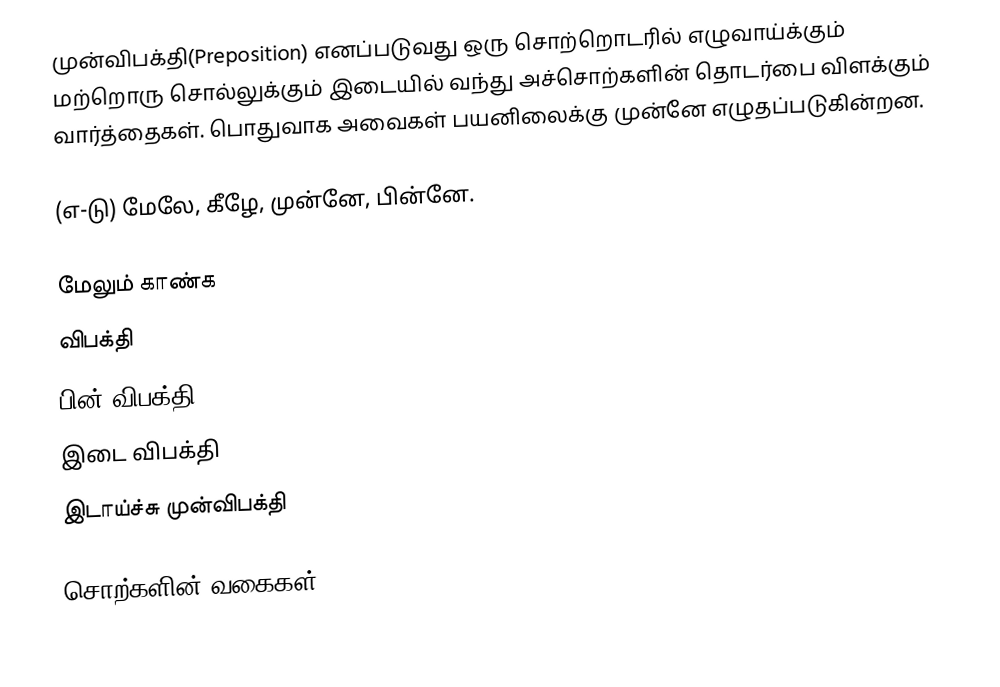
முன்விபக்தி(Preposition) எனப்படுவது ஒரு சொற்றொடரில் எழுவாய்க்கும் மற்றொரு சொல்லுக்கும் இடையில் வந்து அச்சொற்களின் தொடர்பை விளக்கும் வார்த்தைகள். பொதுவாக அவைகள் பயனிலைக்கு முன்னே எழுதப்படுகின்றன.

(எ-டு) மேலே, கீழே, முன்னே, பின்னே.

மேலும் காண்க
விபக்தி
பின் விபக்தி
இடை விபக்தி
இடாய்ச்சு முன்விபக்தி

சொற்களின் வகைகள்